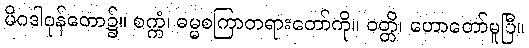
မိဂဒါဝုန်တော၌။ စက္ကံ၊ ဓမ္မစကြာတရားတော်ကို။ ဝတ္တိ၊ ဟောတော်မူပြီ။